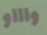
واااو